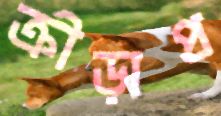
ক্রীড়াপ্র